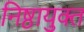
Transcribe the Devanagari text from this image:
निष्ठायुक्त